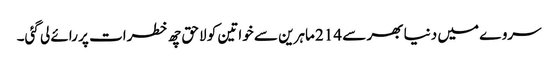
سروے میں دنیا بھر سے 214 ماہرین سے خواتین کو لاحق چھ خطرات پر رائے لی گئی۔